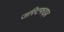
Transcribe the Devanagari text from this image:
जस्टिफाइड